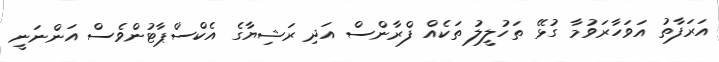
އަރަފާތު އަވަހާރަވުމާ ގުޅޭ ތަހުލީލު ތަކެއް ފްރާންސް އަދި ރަޝިޔާގެ އެކްސްޕާޓުންވެސް އަންނަނީ